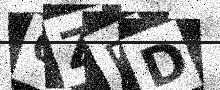
Text: 0ZBD